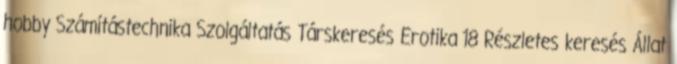
hobby Számítástechnika Szolgáltatás Társkeresés Erotika 18 Részletes keresés Állat